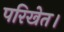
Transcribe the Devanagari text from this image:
परिखेत।